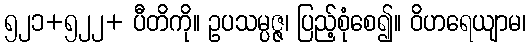
၅၂၁+၅၂၂+ ပီတိကို။ ဥပသမ္ပဇ္ဇ၊ ပြည့်စုံစေ၍။ ဝိဟရေယျာမ၊